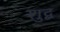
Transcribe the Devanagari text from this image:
शुद्ब